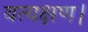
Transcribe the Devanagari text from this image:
बत्यक्षण।